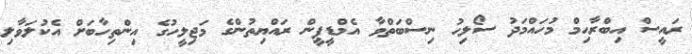
ރައީސް އިބްރާހިމް މުހައްމަދު ސޯލިހު ނިސްބަތްވާ އެމްޑީޕީން ރައްޔިތުންގެ މަޖިލީހުގެ އިންތިހާބަށް އެކުލަވާލި